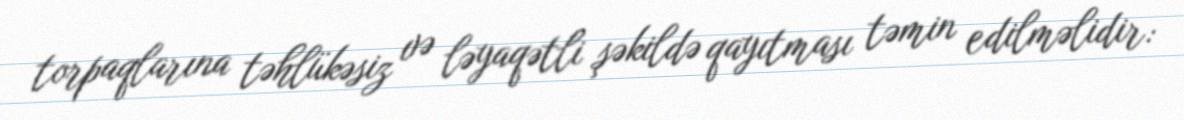
torpaqlarına təhlükəsiz və ləyaqətli şəkildə qayıtması təmin edilməlidir: